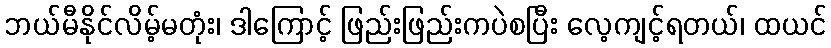
ဘယ်မီနိုင်လိမ့်မတုံး၊ ဒါကြောင့် ဖြည်းဖြည်းကပဲစပြီး လေ့ကျင့်ရတယ်၊ ထယင်